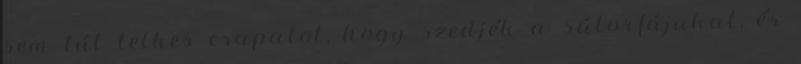
sem túl lelkes csapatot, hogy szedjék a sátorfájukat, és